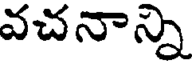
వచనాన్ని